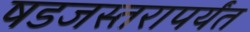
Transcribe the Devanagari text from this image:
षडजस्तरापर्यंत